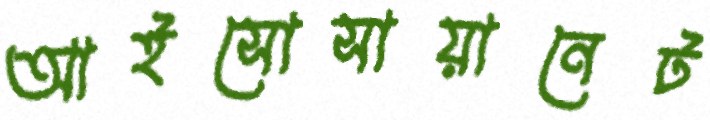
আইসোসায়ানেট